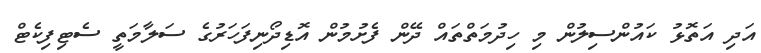
އަދި އަތޮޅު ކައުންސިލުން މި ހިދުމަތްތައް ދޭން ފެށުމުން އޮޑިދޯނިފަހަރުގެ ސަލާމަތީ ސެޓިފިކެޓް